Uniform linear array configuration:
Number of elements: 64
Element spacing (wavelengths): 0.25
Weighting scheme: kaiser
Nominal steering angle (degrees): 30
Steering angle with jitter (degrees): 29.475
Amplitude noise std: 0.05
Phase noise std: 0.05

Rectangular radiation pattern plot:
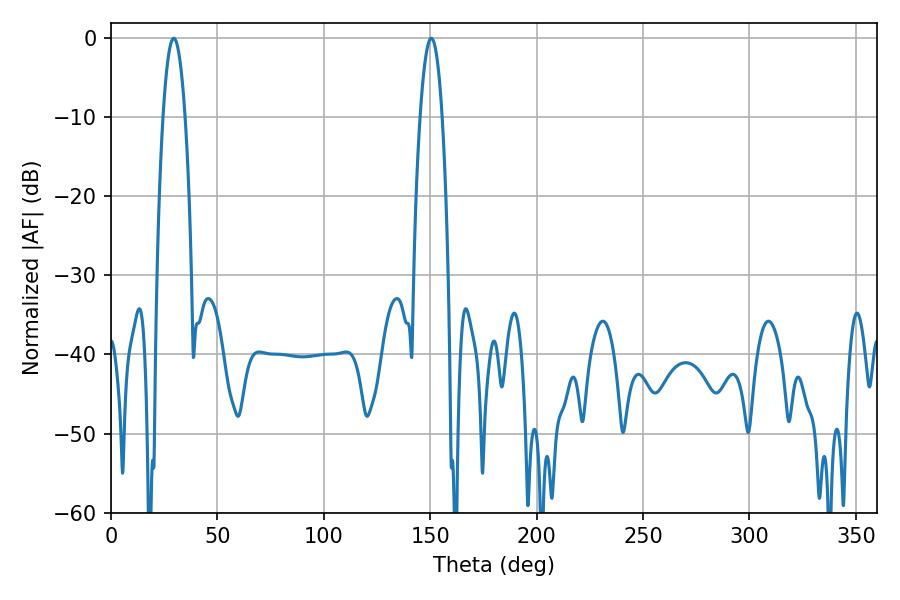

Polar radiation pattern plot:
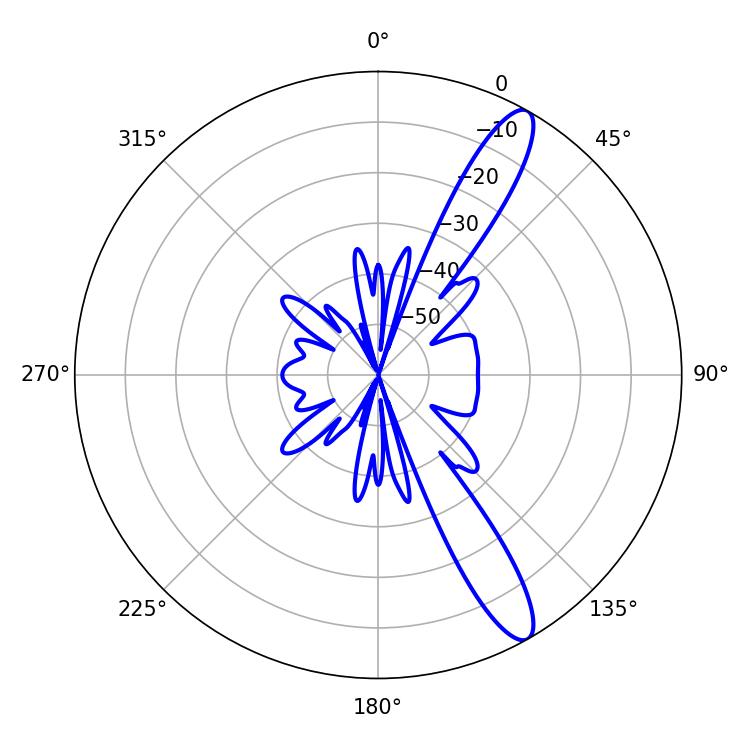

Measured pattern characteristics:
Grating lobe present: FALSE
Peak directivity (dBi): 12.746
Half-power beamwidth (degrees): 5.76
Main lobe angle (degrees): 29.52